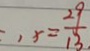
, x = \frac { 2 9 } { 1 3 }